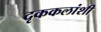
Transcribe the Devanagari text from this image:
दृककलांशी